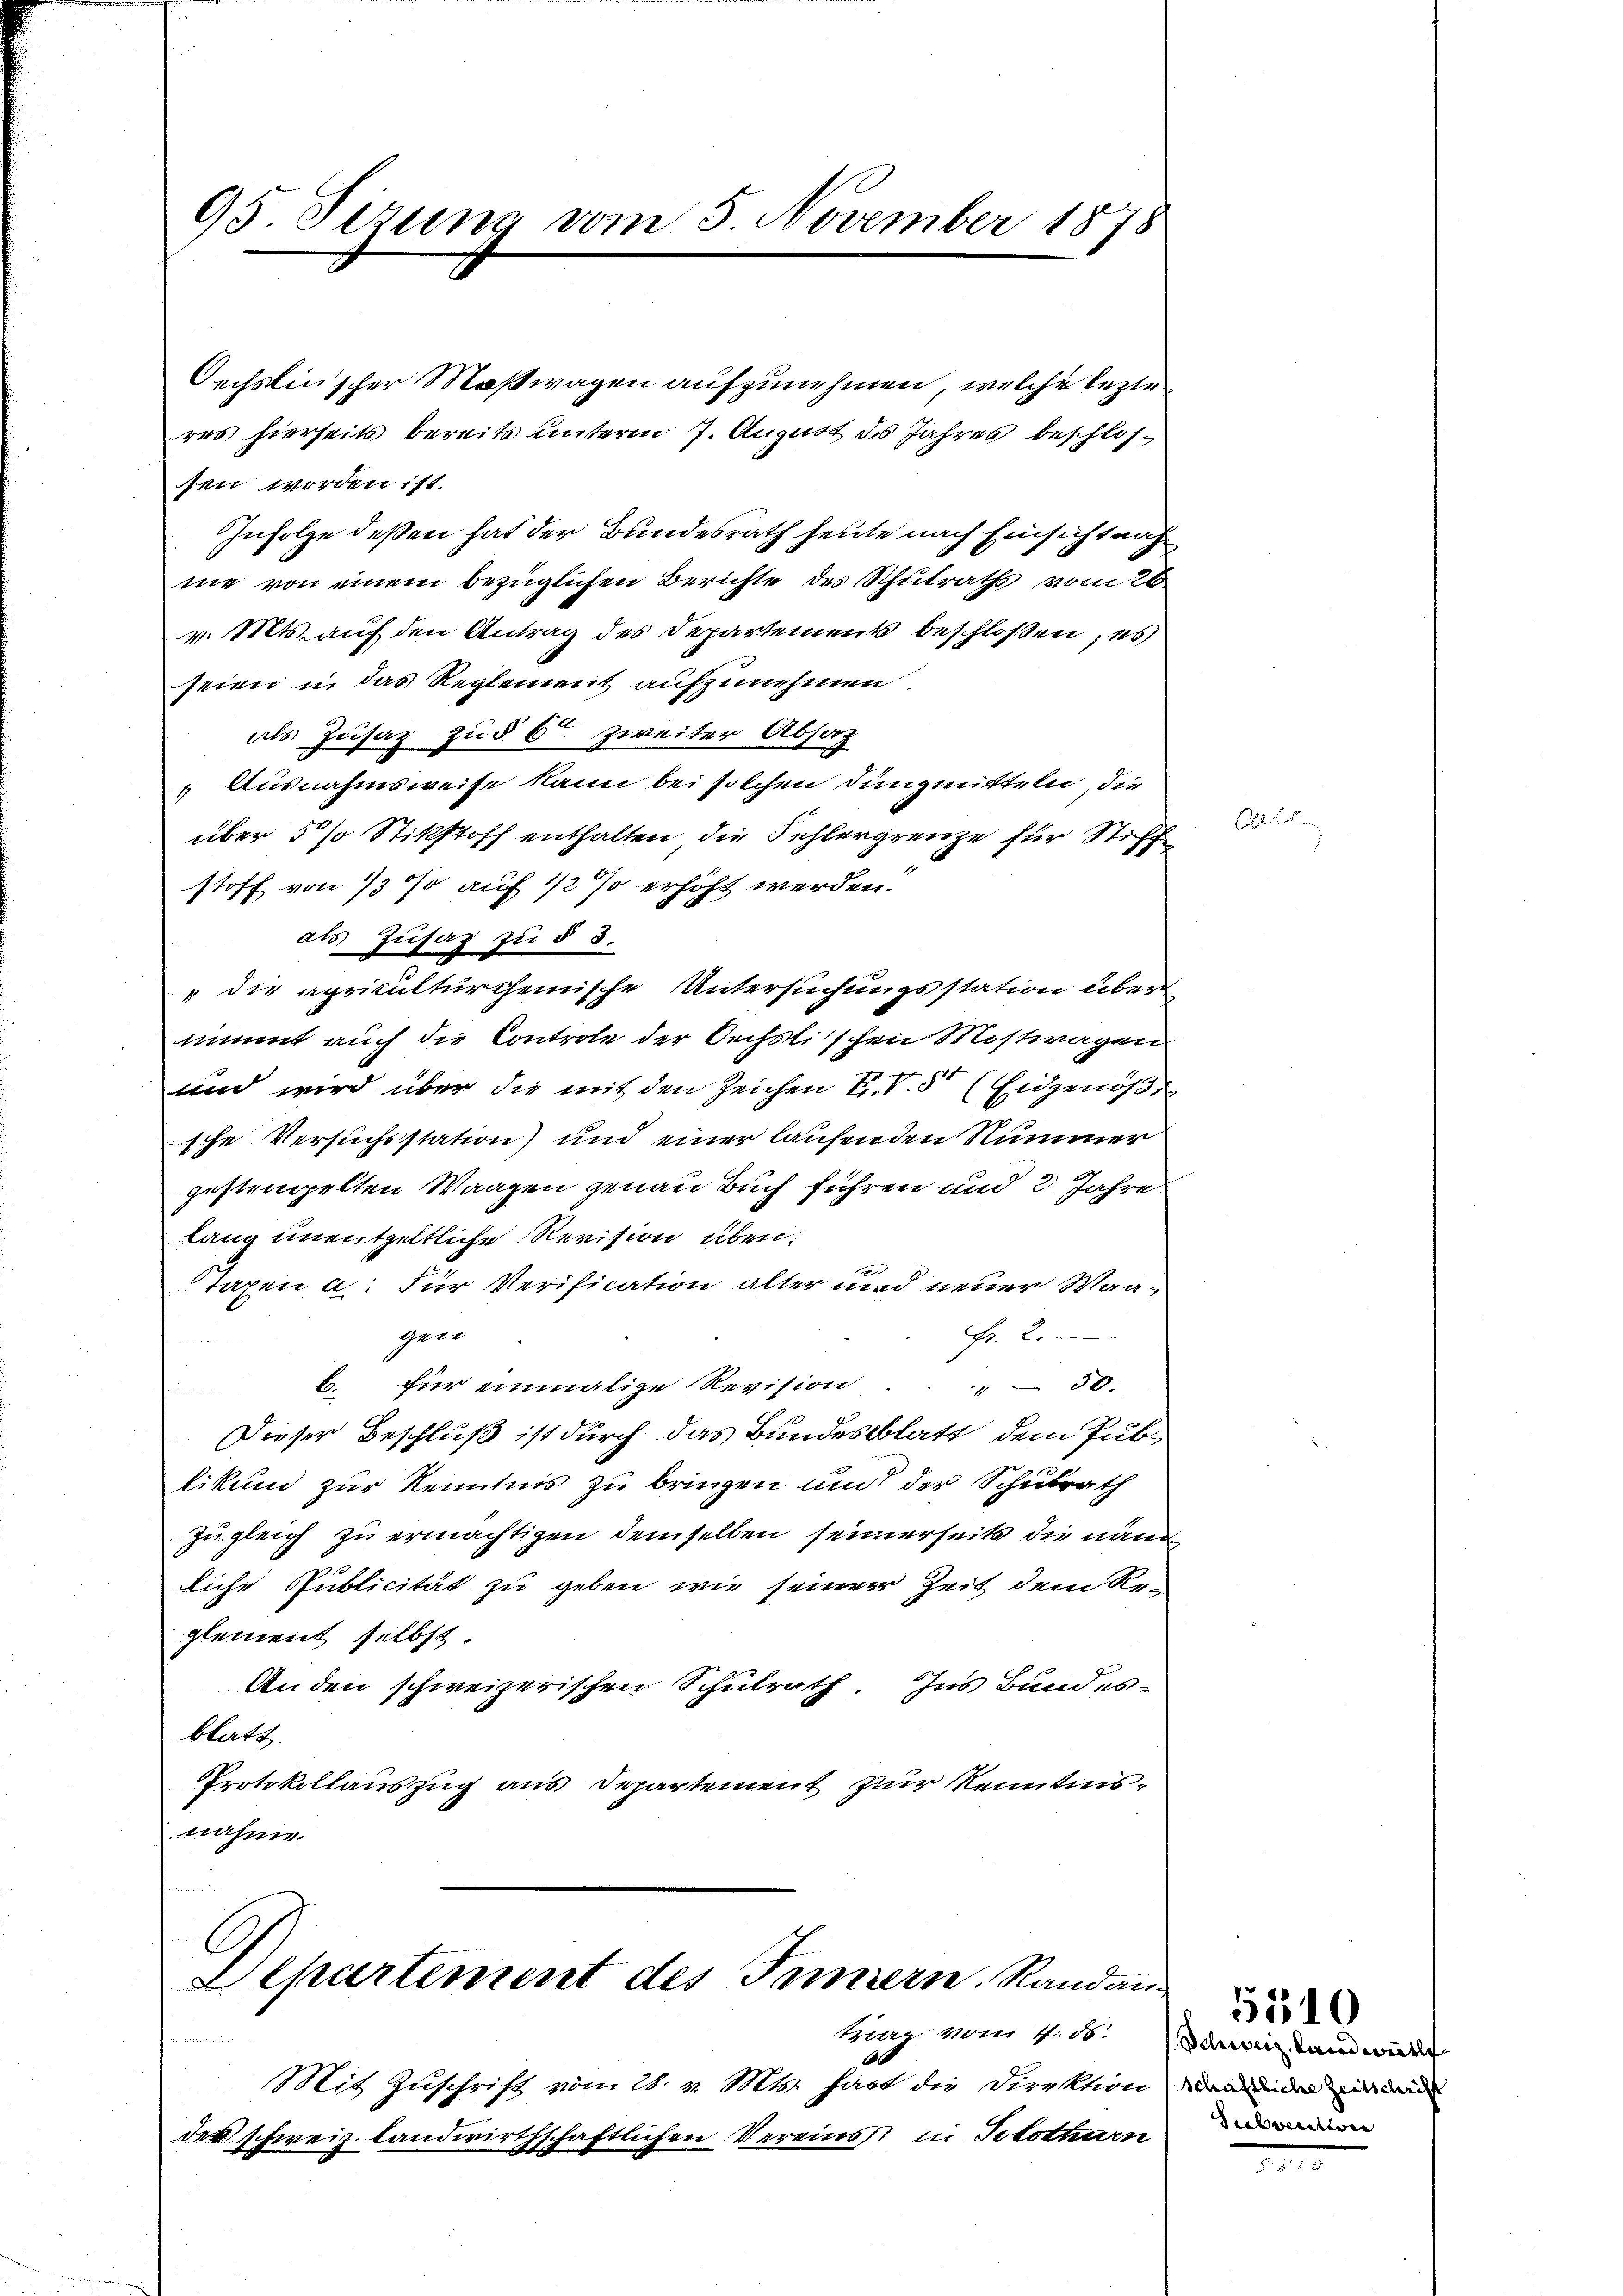
95. Sizung vom 5. November 1878

Oechslinischer Maßwagen aufzunehmen, welche lezte
res hierseits bereits unterm 7. August des Jahres beschlossen worden ist.
Infolge deßen hat der Bundesrath heute nach Einsicht nach
ne von einem bezüglichen Berichte des Schulraths vom 26
v. Mts. auf den Antrag des Departement beschloßen, es
seien in das Reglement aufzunehmen
als Zusaz zu § 6. zweiter Absatz
Ausnahmsweise kann bei solchen Dunzmitteln, die
über 5 % Stikstoff enthalten die Fehlergrenze für Stiff
stoff von 1/3 % auf 1/2 % erhöht werden.
als Zusaz zu § 8.
" die apriculturcheinische Untersuchungsstation über
nimmt auch die Controle der Oechslischen Mostwagen
und wird über die mit den Zeichen H. V. 5 (Eidgenöß
sche Versuchsstation) und einer laufenden Nummer
gestengelten Waagen genau Buch führen und 2 Jahre
lang unentgeltliche Revision übere
Taxen u. Für Verification alter und neuer Waagene
Fr. 2.
b. für einmalige Revision . . . 50.
Dieser Beschluß ist durch das Bundesblatt, dem Publikum zur Kenntnis zu bringen und der Schulrath
zugleich zu ermächtigen demselben seinerseits die neue
liche Publicität zu geben wie seiner Zeit dem Reglement selbst.
Anden schweizerischen Schulrath. Ins Bundes-
blatt.
Protokollauszug aus Departement zur Kenntnisnahme.

Departement des Innern. Randantrag vom 4. ds.
Mit Zuschrift vom 28. v. Mts. hart die Direktion den in ein und
des schweiz. landwirthschaftlichen Vereins, in Solothurn

Schweiz. Landwirths
Subvention

5510